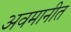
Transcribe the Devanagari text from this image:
अवमानीत